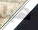
هيا